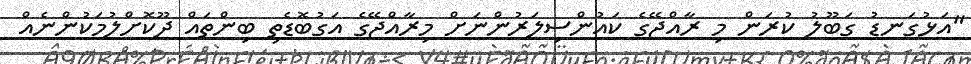
"އަޅުގަނޑު ގަބޫލު ކުރަން މި ރާއްޖޭގެ ކައުންސިލަރުންނަށް މިރާއްޖޭގެ އަގުބޮޑެތި ބިންތައް ދޫކޮށްލުމަކުންނެއް